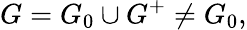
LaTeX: G=G_{0}\cup G^{+}\ne G_{0},